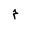
Letter: _mim